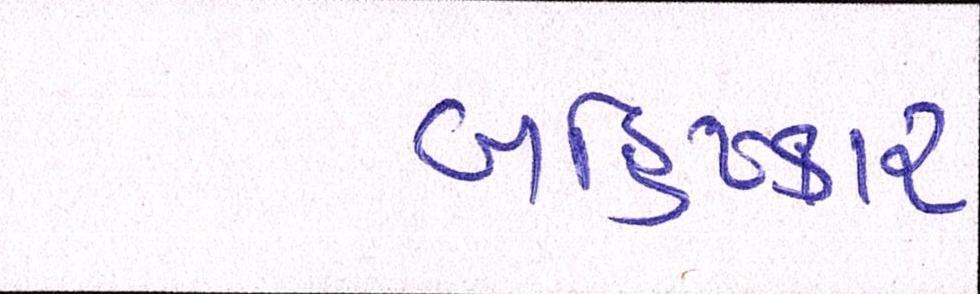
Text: બહિષ્કાર